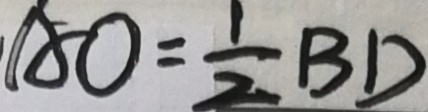
A O = \frac { 1 } { 2 } B D